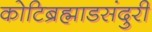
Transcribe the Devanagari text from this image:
कोटिब्रह्माडसंदुरी